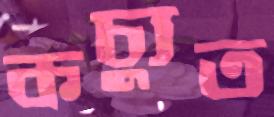
কচ্যুত